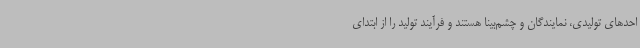
احدهای تولیدی، نمایندگان و چشم‌بینا هستند و فرآیند تولید را از ابتدای